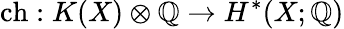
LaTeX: \operatorname{ch}:K(X)\otimes\mathbb{Q}\to H^{*}(X;\mathbb{Q})